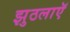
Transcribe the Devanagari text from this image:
झुठलाएॅ